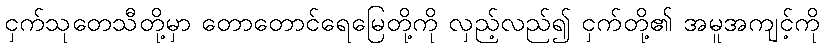
ငှက်သုတေသီတို့မှာ တောတောင်ရေမြေတို့ကို လှည့်လည်၍ ငှက်တို့၏ အမူအကျင့်ကို